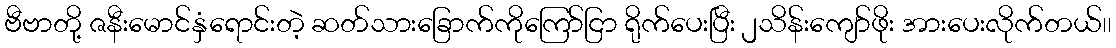
ဗီဗာတို့ ဇနီးမောင်နှံရောင်းတဲ့ ဆတ်သားခြောက်ကိုကြော်ငြာ ရိုက်ပေးပြီး ၂သိန်းကျော်ဖိုး အားပေးလိုက်တယ်၊၊